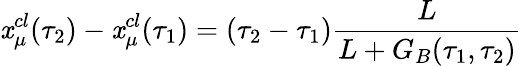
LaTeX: \mathit{x}_{\mu}^{cl}(\tau_{2})-\mathit{x}_{\mu}^{cl}(\tau_{1})=(\tau_{2}-\tau_{1})\frac{{L}}{{L+G_{B}(\tau_{1},\tau_{2})}}